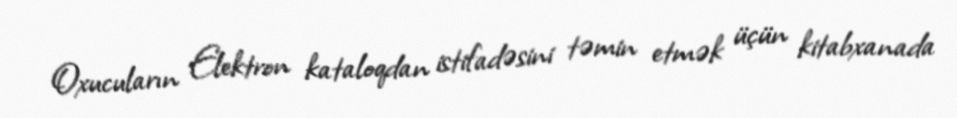
Oxucuların Elektron kataloqdan istifadəsini təmin etmək üçün kitabxanada